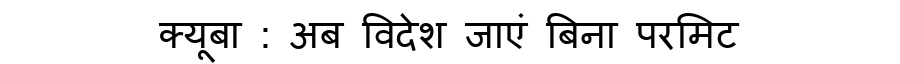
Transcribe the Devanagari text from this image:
क्यूबा : अब विदेश जाएं बिना परमिट